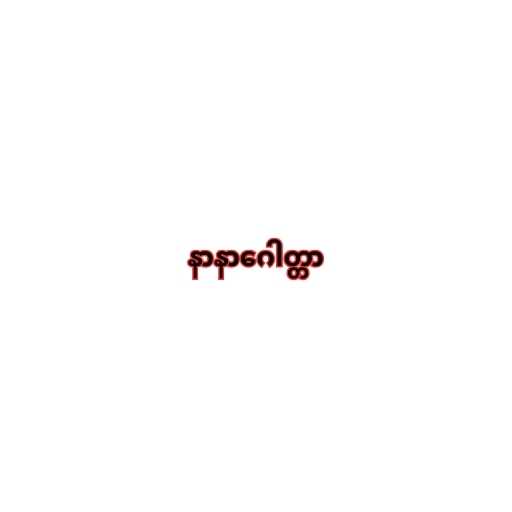
နာနာဂေါတ္တာ